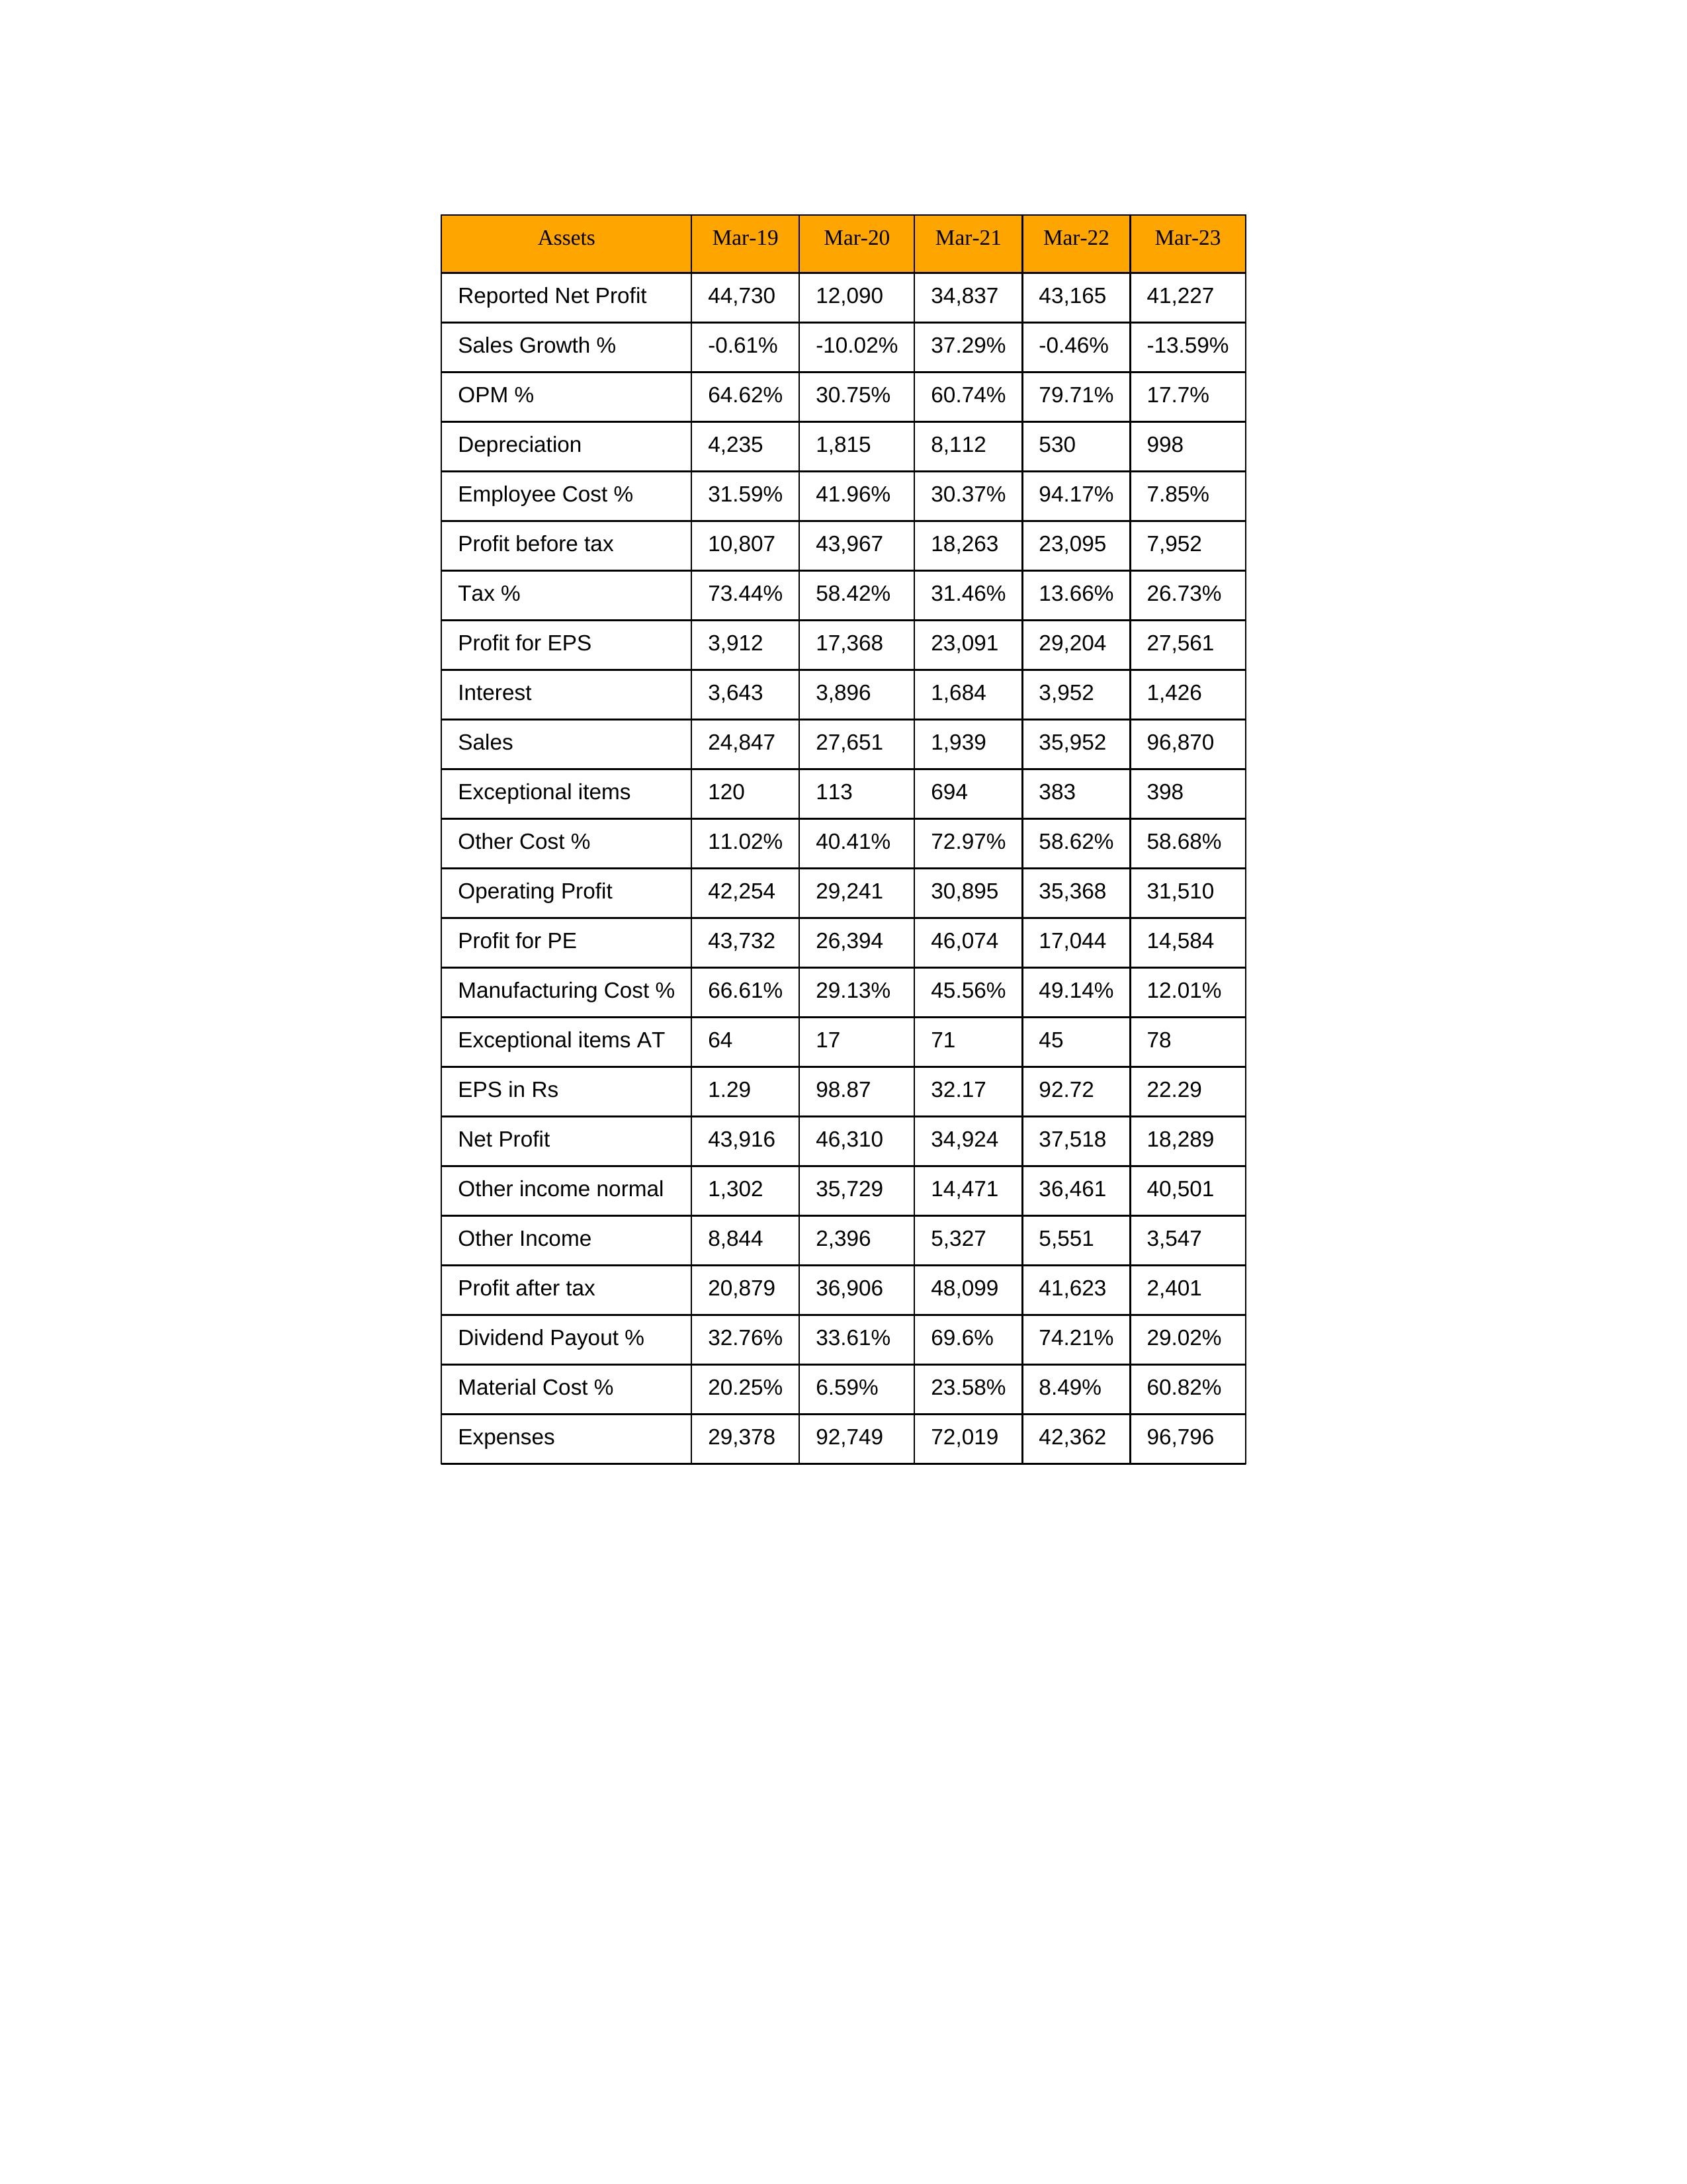
gt_parse: Mar-19: Sales: 24,847
Sales Growth %: -0.61%
Expenses: 29,378
Material Cost %: 20.25%
Manufacturing Cost %: 66.61%
Employee Cost %: 31.59%
Other Cost %: 11.02%
Operating Profit: 42,254
OPM %: 64.62%
Other Income: 8,844
Exceptional items: 120
Other income normal: 1,302
Interest: 3,643
Depreciation: 4,235
Profit before tax: 10,807
Tax %: 73.44%
Net Profit: 43,916
Profit after tax: 20,879
Reported Net Profit: 44,730
Profit for EPS: 3,912
Exceptional items AT: 64
Profit for PE: 43,732
EPS in Rs: 1.29
Dividend Payout %: 32.76%
Mar-20: Sales: 27,651
Sales Growth %: -10.02%
Expenses: 92,749
Material Cost %: 6.59%
Manufacturing Cost %: 29.13%
Employee Cost %: 41.96%
Other Cost %: 40.41%
Operating Profit: 29,241
OPM %: 30.75%
Other Income: 2,396
Exceptional items: 113
Other income normal: 35,729
Interest: 3,896
Depreciation: 1,815
Profit before tax: 43,967
Tax %: 58.42%
Net Profit: 46,310
Profit after tax: 36,906
Reported Net Profit: 12,090
Profit for EPS: 17,368
Exceptional items AT: 17
Profit for PE: 26,394
EPS in Rs: 98.87
Dividend Payout %: 33.61%
Mar-21: Sales: 1,939
Sales Growth %: 37.29%
Expenses: 72,019
Material Cost %: 23.58%
Manufacturing Cost %: 45.56%
Employee Cost %: 30.37%
Other Cost %: 72.97%
Operating Profit: 30,895
OPM %: 60.74%
Other Income: 5,327
Exceptional items: 694
Other income normal: 14,471
Interest: 1,684
Depreciation: 8,112
Profit before tax: 18,263
Tax %: 31.46%
Net Profit: 34,924
Profit after tax: 48,099
Reported Net Profit: 34,837
Profit for EPS: 23,091
Exceptional items AT: 71
Profit for PE: 46,074
EPS in Rs: 32.17
Dividend Payout %: 69.6%
Mar-22: Sales: 35,952
Sales Growth %: -0.46%
Expenses: 42,362
Material Cost %: 8.49%
Manufacturing Cost %: 49.14%
Employee Cost %: 94.17%
Other Cost %: 58.62%
Operating Profit: 35,368
OPM %: 79.71%
Other Income: 5,551
Exceptional items: 383
Other income normal: 36,461
Interest: 3,952
Depreciation: 530
Profit before tax: 23,095
Tax %: 13.66%
Net Profit: 37,518
Profit after tax: 41,623
Reported Net Profit: 43,165
Profit for EPS: 29,204
Exceptional items AT: 45
Profit for PE: 17,044
EPS in Rs: 92.72
Dividend Payout %: 74.21%
Mar-23: Sales: 96,870
Sales Growth %: -13.59%
Expenses: 96,796
Material Cost %: 60.82%
Manufacturing Cost %: 12.01%
Employee Cost %: 7.85%
Other Cost %: 58.68%
Operating Profit: 31,510
OPM %: 17.7%
Other Income: 3,547
Exceptional items: 398
Other income normal: 40,501
Interest: 1,426
Depreciation: 998
Profit before tax: 7,952
Tax %: 26.73%
Net Profit: 18,289
Profit after tax: 2,401
Reported Net Profit: 41,227
Profit for EPS: 27,561
Exceptional items AT: 78
Profit for PE: 14,584
EPS in Rs: 22.29
Dividend Payout %: 29.02%